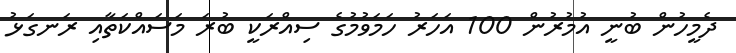
ދެމީހުން ބުނީ އުމުރުން 100 އަހަރު ހަމަވުމުގެ ސިއްރަކީ ބުރަ މަސައްކަތާއި ރަނގަޅު